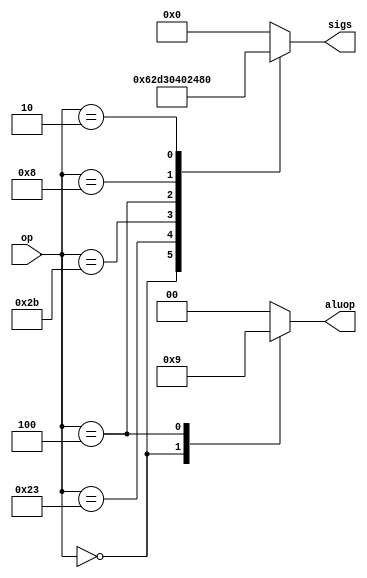
module main_dec(
    input wire [5:0] op,
    output reg[7:0] sigs,
    output wire [1:0] aluop
    );

reg [1:0] aluop_reg;    
assign aluop = aluop_reg;


//assign {jump,branch,alusrc,memwrite,memtoreg,regwrite,regdst,memen} = signals;   

always @(*) begin
    case (op)
        6'b000000:begin
            aluop_reg <= 2'b10;
            sigs <= 8'b00000110;
        end
        6'b100011:begin
            aluop_reg <= 2'b00;
            sigs <= 8'b00101101;
        end
        6'b101011:begin
            aluop_reg <= 2'b00;
            sigs <= 8'b00110000;
        end
        6'b000100:begin
            aluop_reg <= 2'b01;
            sigs <= 8'b01000000;
        end
        6'b001000:begin
            aluop_reg <= 2'b00;
            sigs <= 8'b00100100;
        end
        6'b000010:begin
            aluop_reg <= 2'b00;
            sigs <= 8'b10000000;
        end
        default: begin
            aluop_reg <= 2'b00;
            sigs <= 8'b00000000;
        end
    endcase
end
endmodule